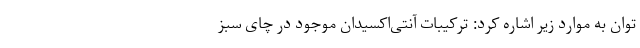
توان به موارد زیر اشاره کرد: ترکیبات آنتی‌اكسیدان‌ موجود در چای سبز